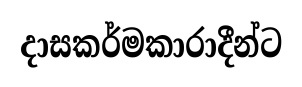
දාසකර්මකාරාදීන්ට